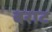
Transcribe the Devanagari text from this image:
बराट